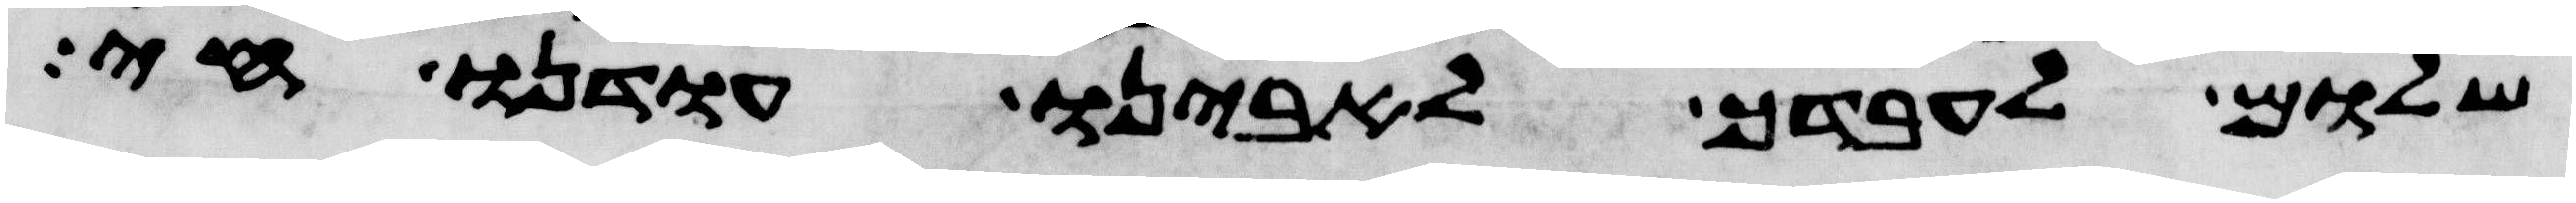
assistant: שלום לעבדך לאבינו עודנו חי